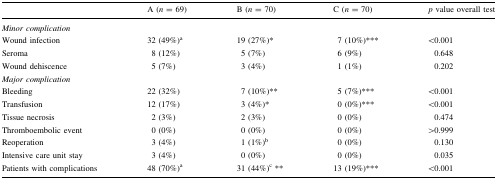
|  | A (n = 69) | B (n = 70) | C (n = 70) | p value overall test |
 | --- | --- | --- | --- | --- |
 | <COLSPAN=5> Minor complication |
 | Wound infection | 32 (49%)a | 19 (27%)* | 7 (10%)*** | <0.001 |
 | Seroma | 8 (12%) | 5 (7%) | 6 (9%) | 0.648 |
 | Wound dehiscence | 5 (7%) | 3 (4%) | 1 (1%) | 0.202 |
 | <COLSPAN=5> Major complication |
 | Bleeding | 22 (32%) | 7 (10%)** | 5 (7%)*** | <0.001 |
 | Transfusion | 12 (17%) | 3 (4%)* | 0 (0%)*** | <0.001 |
 | Tissue necrosis | 2 (3%) | 2 (3%) | 0 (0%) | 0.474 |
 | Thromboembolic event | 0 (0%) | 0 (0%) | 0 (0%) | >0.999 |
 | Reoperation | 3 (4%) | 1 (1%)b | 0 (0%) | 0.130 |
 | Intensive care unit stay | 3 (4%) | 0 (0%) | 0 (0%) | 0.035 |
 | Patients with complications | 48 (70%)a | 31 (44%)c ** | 13 (19%)*** | <0.001 |